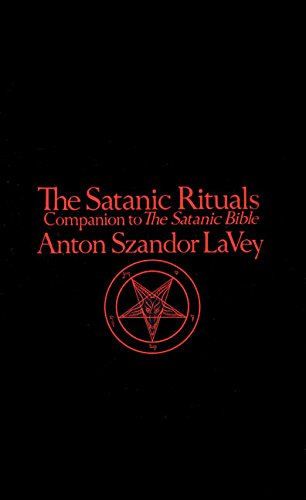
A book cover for The Satanic Rituals: Companion to The Satanic Bible; Anton Szandor LaVey; Reference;